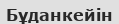
Бұданкейін